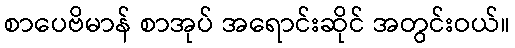
စာပေဗိမာန် စာအုပ် အရောင်းဆိုင် အတွင်းဝယ်။